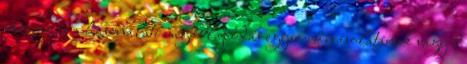
vázrajz és a használati megállapodás egyszerű másolatának vagy b